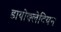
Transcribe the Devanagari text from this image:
डायोक्लेटियन